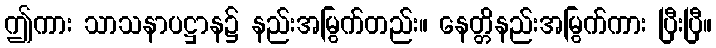
ဤကား သာသနာပဋ္ဌာန၌ နည်းအမြွက်တည်း။ နေတ္တိနည်းအမြွက်ကား ပြီးပြီ။